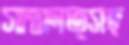
সাক্ষাত্সহ